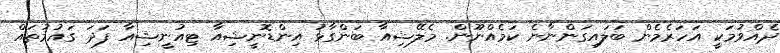
ދެއްވުމަކީ އަހަރެމެން ބަލައިގަންނާނެ ކަމެއްނޫން. މެލޭޝިއާ ބަންގާޅު އިންޑޮނީޝިއާ ޓިއުނީޝިއާ ފަދަ ގައުމުތައް